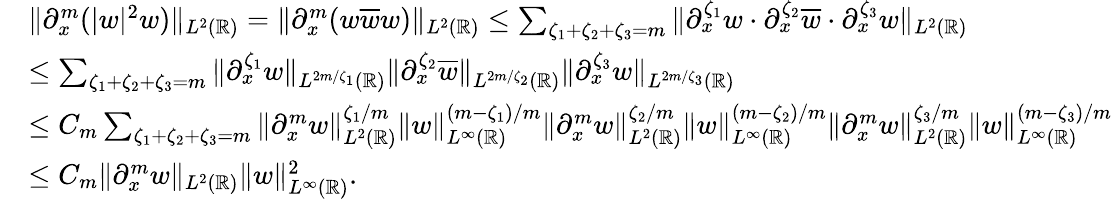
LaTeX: \begin{array}{rl}&{\| \partial_{x}^{m}(|w|^{2}w)\| _{L^{2}(\mathbb{R})}=\| \partial_{x}^{m}(w\overline{{w}}w)\| _{L^{2}(\mathbb{R})}\leq\sum_{\zeta_{1}+\zeta_{2}+\zeta_{3}=m}\| \partial_{x}^{\zeta_{1}}w\cdot\partial_{x}^{\zeta_{2}}\overline{{w}}\cdot\partial_{x}^{\zeta_{3}}w\| _{L^{2}(\mathbb{R})}}\\ &{\leq\sum_{\zeta_{1}+\zeta_{2}+\zeta_{3}=m}\| \partial_{x}^{\zeta_{1}}w\| _{L^{2m/\zeta_{1}}(\mathbb{R})}\| \partial_{x}^{\zeta_{2}}\overline{{w}}\| _{L^{2m/\zeta_{2}}(\mathbb{R})}\| \partial_{x}^{\zeta_{3}}w\| _{L^{2m/\zeta_{3}}(\mathbb{R})}}\\ &{\leq C_{m}\sum_{\zeta_{1}+\zeta_{2}+\zeta_{3}=m}\| \partial_{x}^{m}w\| _{L^{2}(\mathbb{R})}^{\zeta_{1}/m}\| w\| _{L^{\infty}(\mathbb{R})}^{(m-\zeta_{1})/m}\| \partial_{x}^{m}w\| _{L^{2}(\mathbb{R})}^{\zeta_{2}/m}\| w\| _{L^{\infty}(\mathbb{R})}^{(m-\zeta_{2})/m}\| \partial_{x}^{m}w\| _{L^{2}(\mathbb{R})}^{\zeta_{3}/m}\| w\| _{L^{\infty}(\mathbb{R})}^{(m-\zeta_{3})/m}}\\ &{\leq C_{m}\| \partial_{x}^{m}w\| _{L^{2}(\mathbb{R})}\| w\| _{L^{\infty}(\mathbb{R})}^{2}.}\end{array}